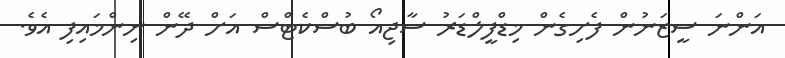
އަންނަ ސީޒަނުން ފެށިގެން މިޑްފީލްޑަރު ސާޖިއޯ ބުސްކެޓްސް އަށް ދޭން ނިންމައިފި އެވެ.